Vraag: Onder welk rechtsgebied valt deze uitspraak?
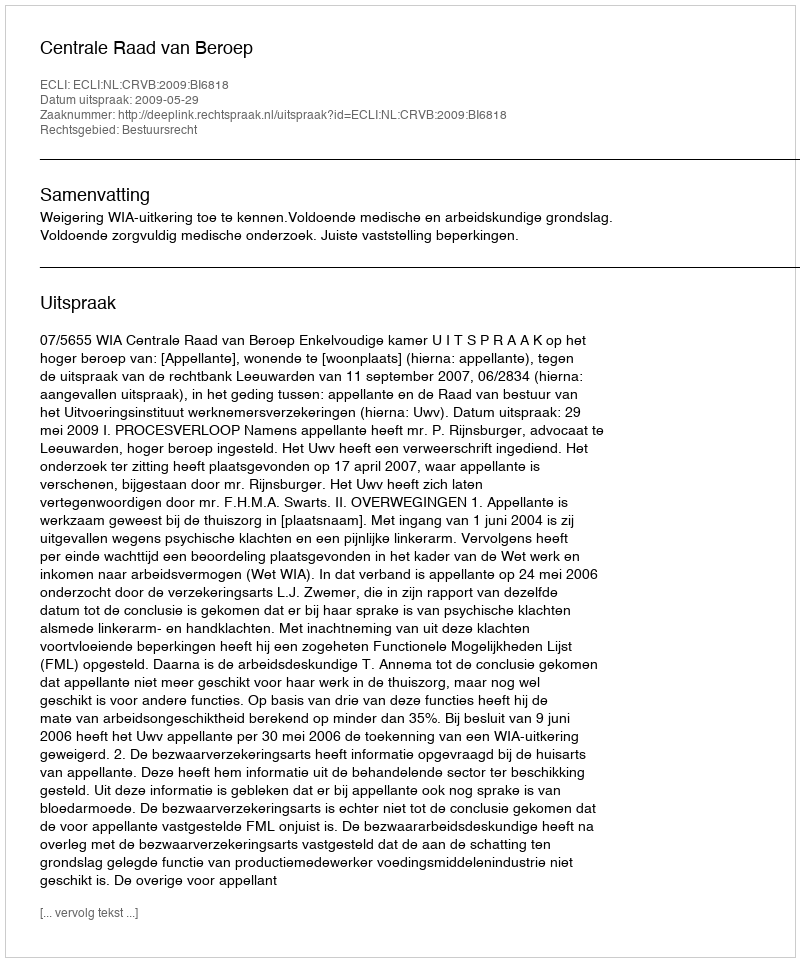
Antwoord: Bestuursrecht